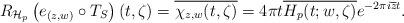
LaTeX: \begin{align*}R_{\mathcal{H}_p}\left(e_{(z,w)}\circ T_S\right)(t,\zeta) = \overline{\chi_{z,w}(t,\zeta)}= 4\pi t\overline{H_p(t;w,\zeta)}e^{-2\pi i \overline{z}t}.\end{align*}